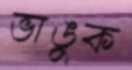
ভাঙুক